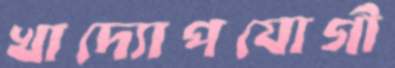
খাদ্যোপযোগী